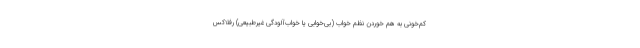
کم‌خونی به هم خوردن نظم خواب (بی‌خوابی یا خواب‌آلودگی غیرطبیعی) رفلاکس